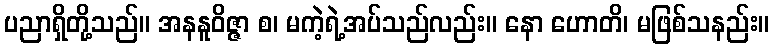
ပညာရှိတို့သည်။ အနနူဝိဇ္ဇာ စ၊ မကဲ့ရဲ့အပ်သည်လည်း။ နော ဟောတိ၊ မဖြစ်သနည်း။